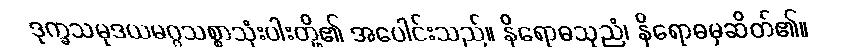
ဒုက္ခသမုဒယမဂ္ဂသစ္စာသုံးပါးတို့၏ အပေါင်းသည်။ နိရောဓသုညံ၊ နိရောဓမှဆိတ်၏။